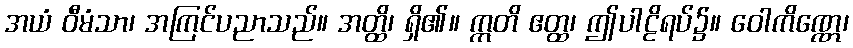
အယံ ဝီမံသာ၊ အကြင်ပညာသည်။ အတ္ထိ၊ ရှိ၏။ ဣတိ ဧတ္ထ၊ ဤပါဠိရပ်၌။ ဝေါကိဏ္ဏေ၊